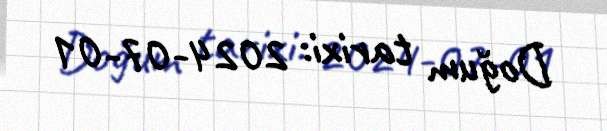
Doğum tarixi: 2024-07-01